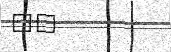
١٧